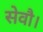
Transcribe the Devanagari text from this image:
सेवाै।